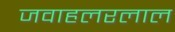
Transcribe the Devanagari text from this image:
जवाहलरलाल